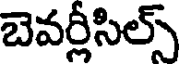
బెవర్లీసిల్స్